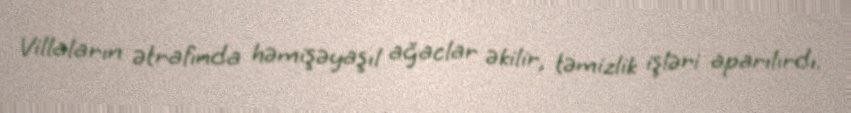
Villaların ətrafında həmişəyaşıl ağaclar əkilir, təmizlik işləri aparılırdı.